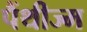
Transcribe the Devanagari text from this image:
पैंथीज्म